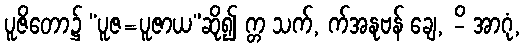
ပူဇိတော၌ “ပူဇ=ပူဇာယ”ဆို၍ က္တ သက်, က်အနုဗန် ချေ, -ိ အာဂုံ,